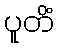
ပူတိံ